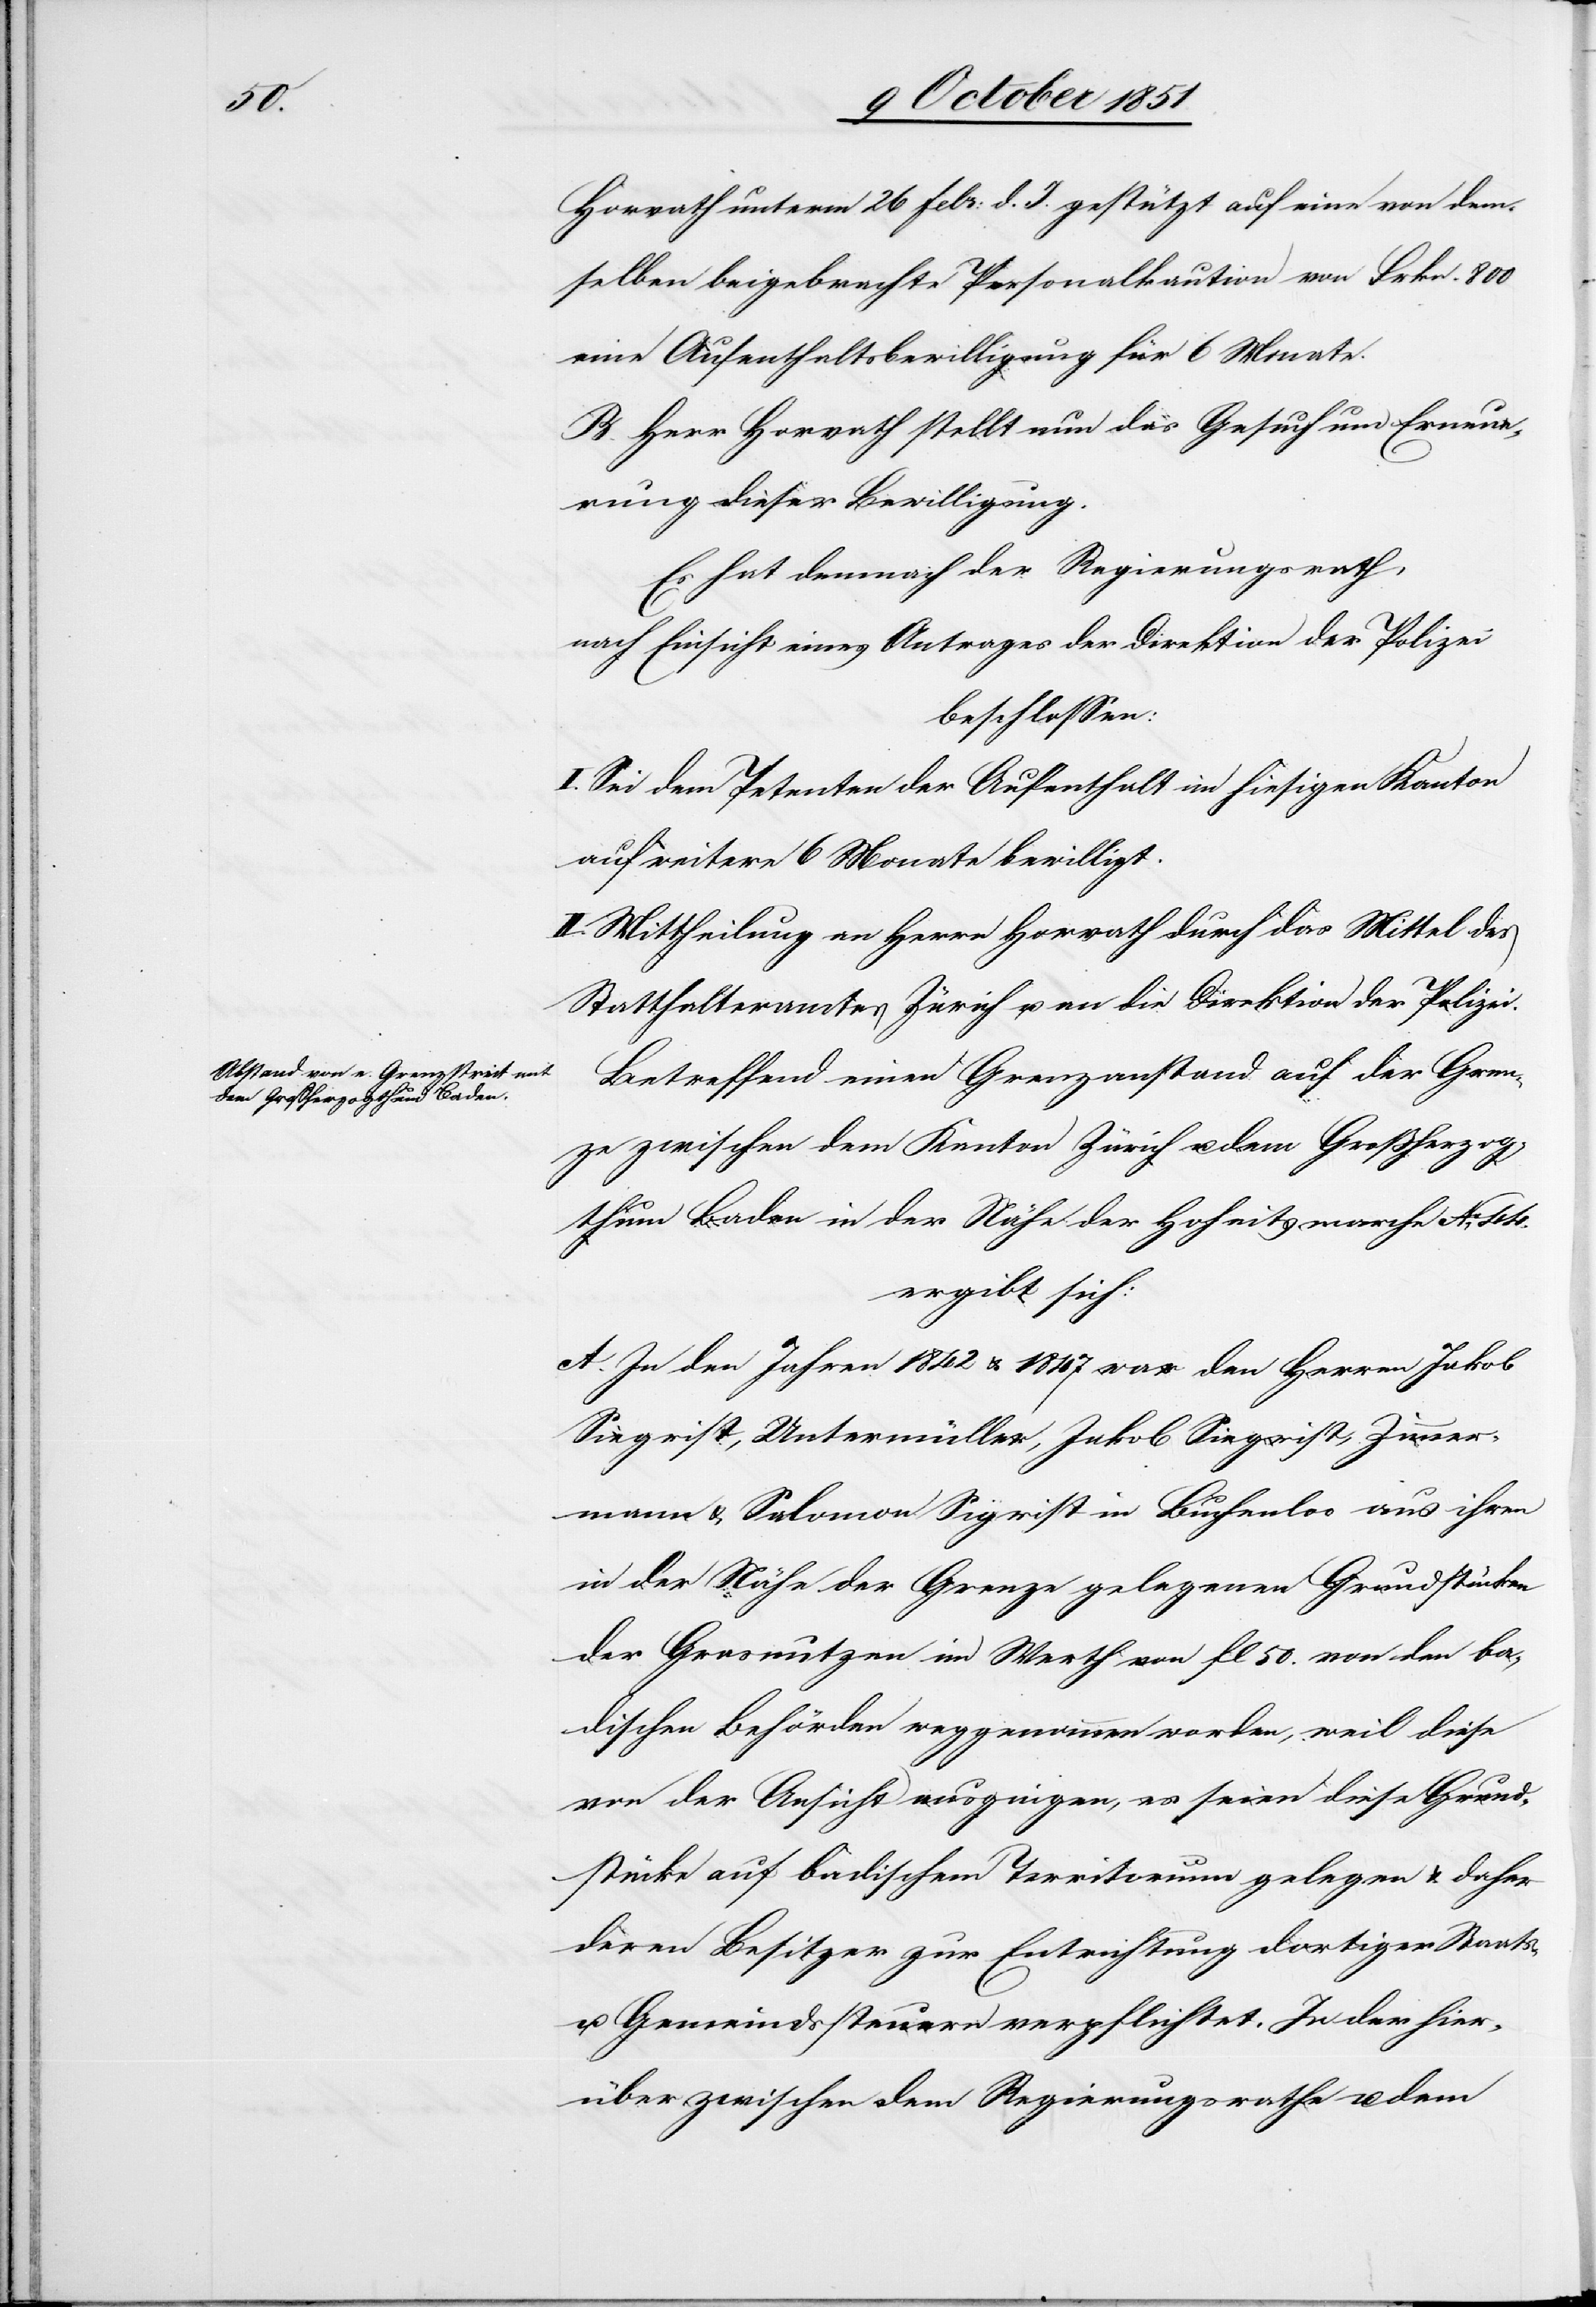
Horvath unterm 26 Febr: d. J. gestützt auf eine von dem¬
selben beigebrachte Personalkaution von Frkn. 800
eine Aufenthaltsbewilligung für 6 Monate.
B. Herr Horvath stellt nun das Gesuch um Erneue¬
rung dieser Bewilligung.
Es hat demnach der Regierungsrath,
nach Einsicht eines Antrages der Direktion der Polizei
beschlossen:
I. Sei dem Petenten der Aufenthalt im hiesigen Kanton
auf weitere 6 Monate bewilligt.
II. Mittheilung an Herrn Horvath durch das Mittel des
Statthalteramtes Zürich u. an die Direktion der Polizei.
Betreffend einen Grenzanstand auf der Gren¬
ze zwischen dem Kanton Zürich u. dem Großherzog¬
thum Baden in der Nähe der Hoheitsmarche No. 44.
ergibt sich:
A. In den Jahren 1842 & 1847 war den Herren Jakob
Siegrist, Untermüller, Jakob Siegrist, Zimmer¬
mann & Salomon Sigrist in Buchenloo aus ihren
in der Nähe der Grenze gelegenen Grundstücken
der Grasnutzen im Werth von fl 50. von den ba¬
dischen Behörden weggenommen worden, weil diese
von der Ansicht ausgingen, es seien diese Grund¬
stücke auf badischem Territorium gelegen & daher
deren Besitzer zur Entrichtung dortiger Staats-
u. Gemeindssteuern verpflichtet. In der hier¬
über zwischen dem Regierungsrathe u. dem